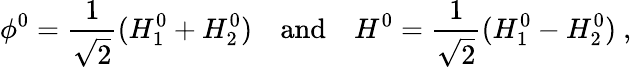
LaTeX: \phi^{0}=\frac{1}{\sqrt{2}}(H_{1}^{0}+H_{2}^{0})\quad\mathrm{and}\quad H^{0}=\frac{1}{\sqrt{2}}(H_{1}^{0}-H_{2}^{0})\ ,